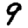
Digit: 9